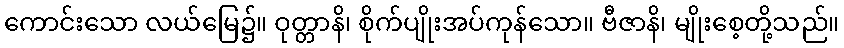
ကောင်းသော လယ်မြေ၌။ ဝုတ္တာနိ၊ စိုက်ပျိုးအပ်ကုန်သော။ ဗီဇာနိ၊ မျိုးစေ့တို့သည်။